Indian journal of veterinary science and animal husbandry - Volumes 26-27, 1956-1957
Year: 1956
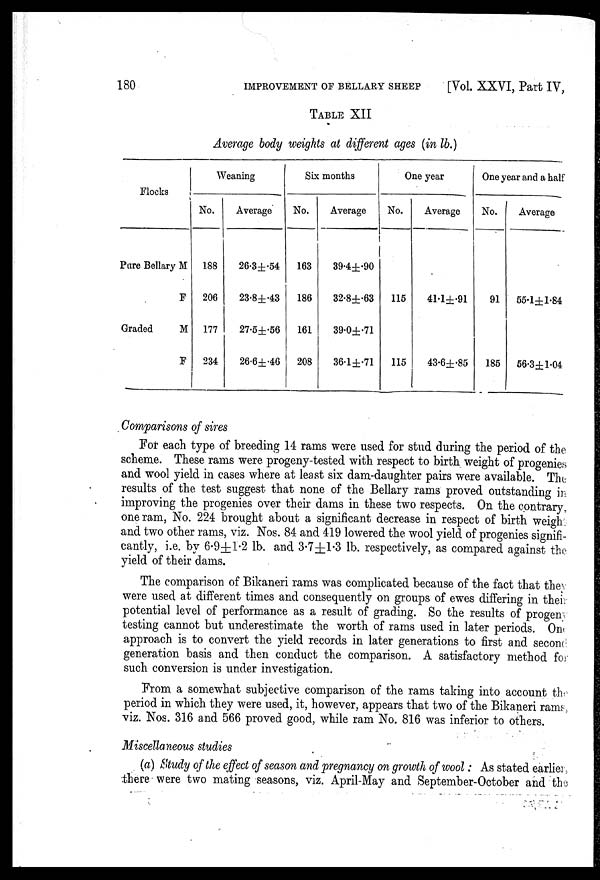
180
IMPROVEMENT OF BELLARY SHEEP
[Vol. XXVI, Part IV,
TABLE XII
Average body weights at different ages (in lb.)
Flocks
Pure Bellary M
F
Graded
M
F
Weaning
No.
188
206
177
234
Average
26.3±.54
23.8±.43
27.5±.56
26.6±.46
Six months
No.
163
186
161
208
Average
39.4±.90
32.8±.63
39.0±.71
36.1±.71
One year
No.
115
115
Average
41.1±.91
43.6±.85
One year and a half
No.
91
185
Average
55.1±1.84
56.3±1.04
Comparisons of sires
For each type of breeding 14 rams were used for stud during the period of the
scheme. These rams were progeny-tested with respect to birth weight of progenies
and wool yield in cases where at least six dam-daughter pairs were available. The
results of the test suggest that none of the Bellary rams proved outstanding in
improving the progenies over their dams in these two respects. On the contrary,
one ram, No. 224 brought about a significant decrease in respect of birth weight
and two other rams, viz. Nos. 84 and 419 lowered the wool yield of progenies signifi-
cantly, i.e. by 6.9±1.2 lb. and 3.7±1.3 lb. respectively, as compared against the
yield of their dams.
The comparison of Bikaneri rams was complicated because of the fact that they
were used at different times and consequently on groups of ewes differing in their
potential level of performance as a result of grading. So the results of progeny
testing cannot but underestimate the worth of rams used in later periods. One
approach is to convert the yield records in later generations to first and second
generation basis and then conduct the comparison. A satisfactory method for
such conversion is under investigation.
From a somewhat subjective comparison of the rams taking into account the
period in which they were used, it, however, appears that two of the Bikaneri rams,
viz. Nos. 316 and 566 proved good, while ram No. 816 was inferior to others.
Miscellaneous studies
(a) Study of the effect of season and pregnancy on growth of wool: As stated earlier
there were two mating seasons, viz. April-May and September-October and the